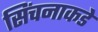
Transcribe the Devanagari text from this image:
सिंचनाकडे